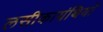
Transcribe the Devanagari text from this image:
लसीकाग्रंथियाँ